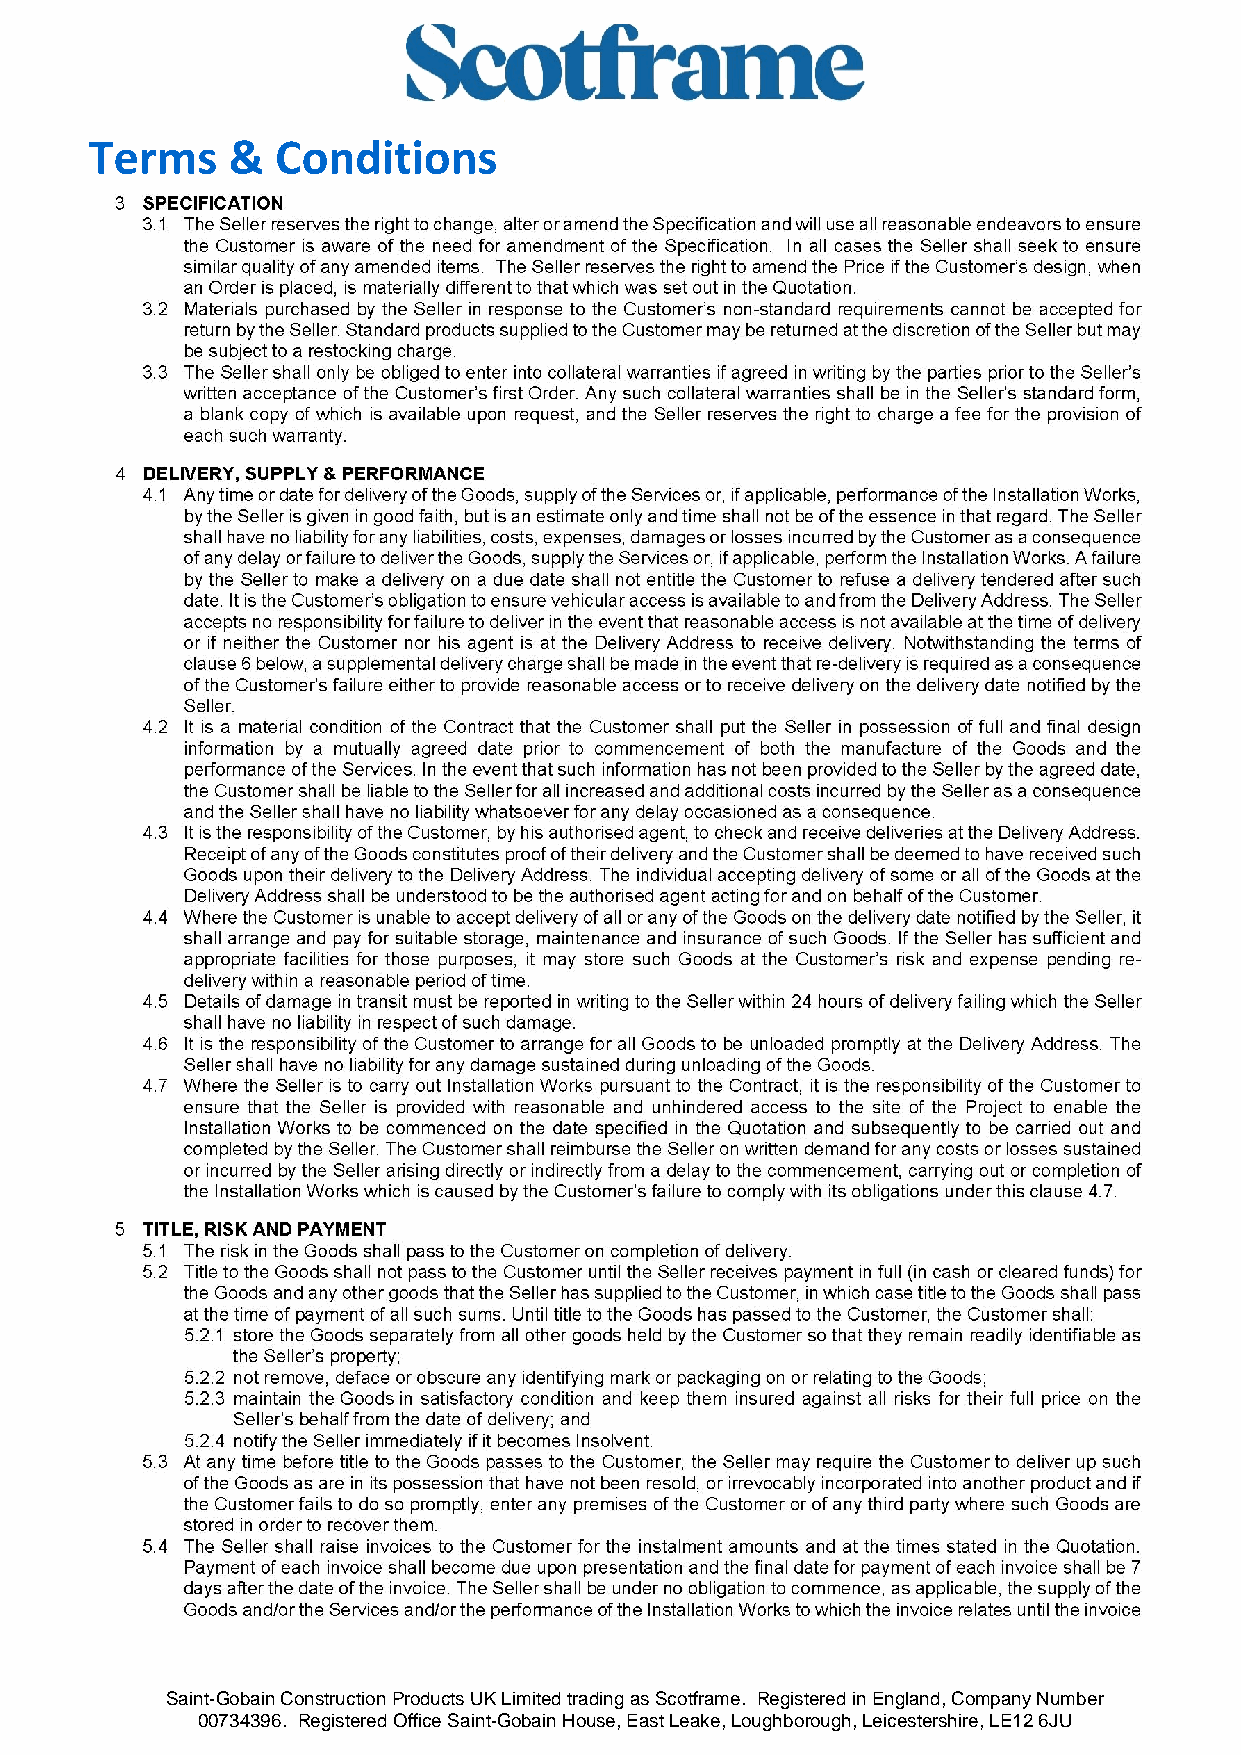
Terms    &  Conditions
 Saint-Gobain Construction Products UK Limited trading as Scotframe. Registered in England, Company Number
 00734396. Registered Office Saint-Gobain House, East Leake, Loughborough, Leicestershire, LE12 6JU